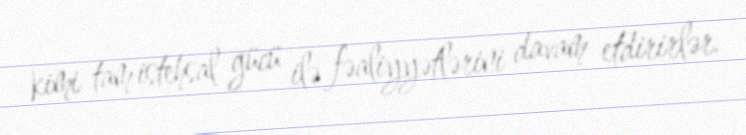
kimi tam istehsal gücü ilə fəaliyyətlərini davam etdirirlər.